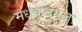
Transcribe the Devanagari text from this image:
मधुकृद्गजः